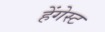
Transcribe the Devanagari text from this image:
हेंगेस्ट